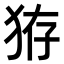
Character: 𤞐